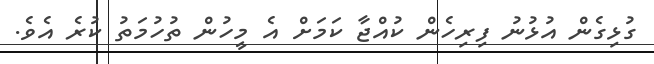
ގުޅިގެން އުޅުނު ފިރިހެން ކުއްޖާ ކަމަށް އެ މީހުން ތުހުމަތު ކުރެ އެވެ.